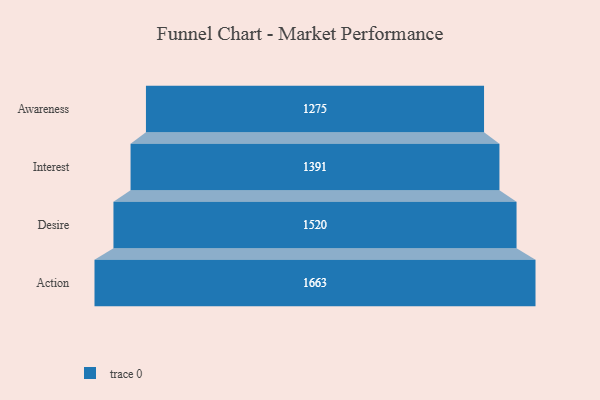
{"axis": {"x": "Stage", "y": "Value"}, "legend": [""], "data": [{"x": "Awareness", "y": 1275.0, "type": ""}, {"x": "Interest", "y": 1391.0, "type": ""}, {"x": "Desire", "y": 1520.0, "type": ""}, {"x": "Action", "y": 1663.0, "type": ""}]}